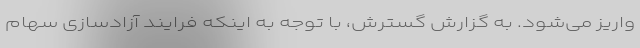
واریز می‌شود. به گزارش گسترش، با توجه به اینکه فرایند آزادسازی سهام